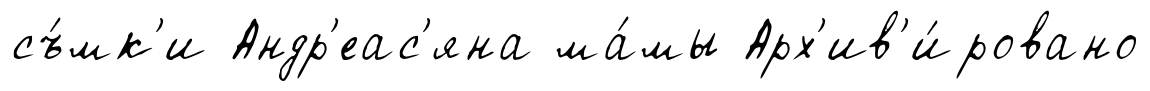
съ́мк'и Андр'еас'яна ма́мы Арх'ив'и́ровано